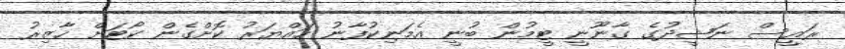
ރައީސް ނަޝީދުގެ ގާނޫނީ ޓީމުން ބުނީ އެމަނިކުފާނު ހައްޔަރު ކޮށްގެން ކޯޓަށް ހާޒިރު